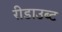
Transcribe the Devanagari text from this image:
रीडाउब्ट